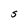
Character: S